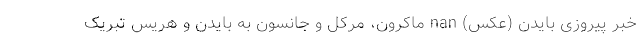
خبر پیروزی بایدن (عکس) nan ماکرون، مرکل و جانسون به بایدن و هریس تبریک